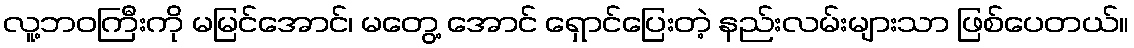
လူ့ဘဝကြီးကို မမြင်အောင်၊ မတွေ့ အောင် ရှောင်ပြေးတဲ့ နည်းလမ်းများသာ ဖြစ်ပေတယ်။